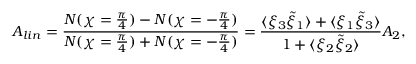
A _ { l i n } = \frac { N ( \chi = \frac { \pi } { 4 } ) - N ( \chi = - \frac { \pi } { 4 } ) } { N ( \chi = \frac { \pi } { 4 } ) + N ( \chi = - \frac { \pi } { 4 } ) } = \frac { \langle \xi _ { 3 } \tilde { \xi } _ { 1 } \rangle + \langle \xi _ { 1 } \tilde { \xi } _ { 3 } \rangle } { 1 + \langle \xi _ { 2 } \tilde { \xi } _ { 2 } \rangle } { \cal A } _ { 2 } ,